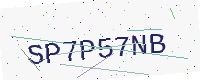
Text: SP7P57NB